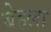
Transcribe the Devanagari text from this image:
बेहला